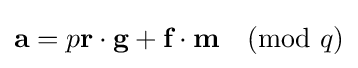
{\textbf {a}}=p{\textbf {r}}\cdot {\textbf {g}}+{\textbf {f}}\cdot {\textbf {m}}{\pmod {q}}